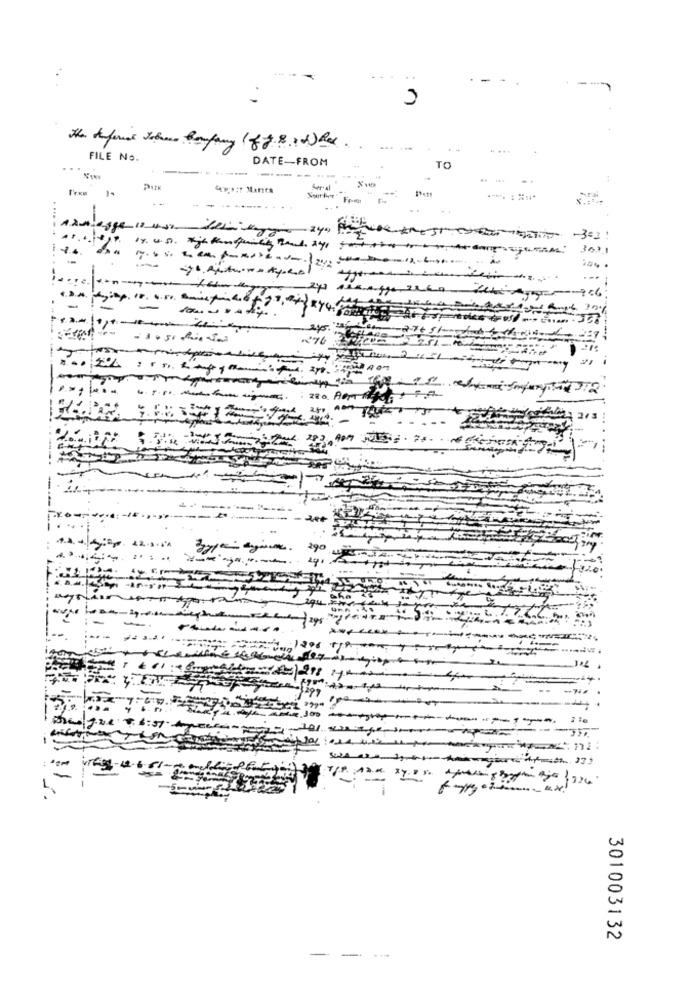
FILE No.
DATE -- FROM
------.
TO
1.
-
DET -303:
--
243
906
T2
1 2/3
-- --.
301003132
-
-